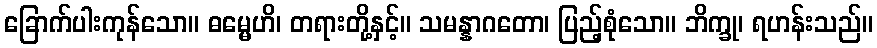
ခြောက်ပါးကုန်သော။ ဓမ္မေဟိ၊ တရားတို့နှင့်။ သမန္နာဂတော၊ ပြည့်စုံသော။ ဘိက္ခု၊ ရဟန်းသည်။